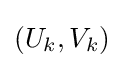
(U_{k},V_{k})